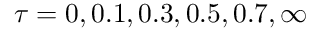
\tau = 0 , 0 . 1 , 0 . 3 , 0 . 5 , 0 . 7 , \infty